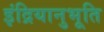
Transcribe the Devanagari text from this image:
इंद्रियानुभूति